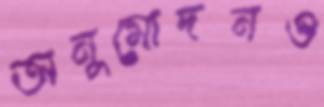
অনুমোদনও